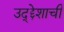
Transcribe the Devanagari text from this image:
उद्द्देशाची